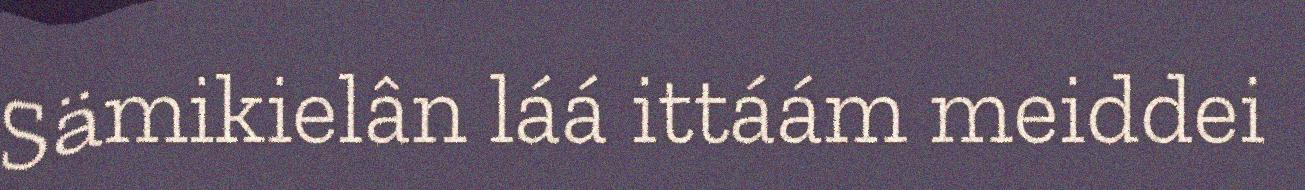
Sämikielân láá ittáám meiddei